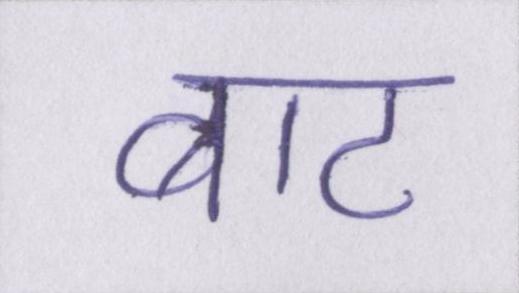
बाट